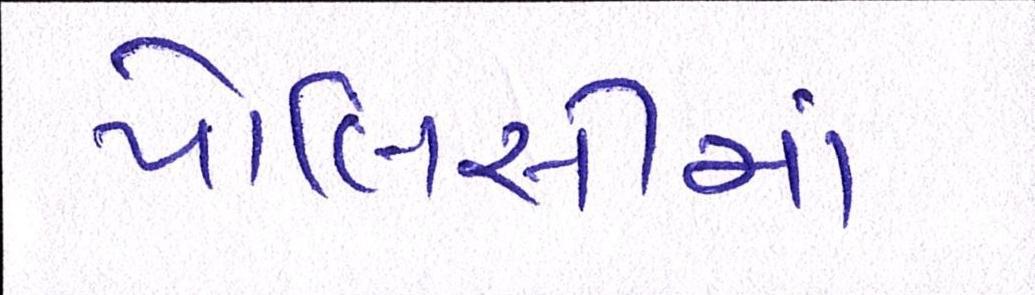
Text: પોલિસીમાં